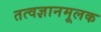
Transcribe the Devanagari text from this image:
तत्वज्ञानमूलक